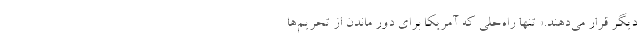
دیگر قرار می‌دهند.» تنها راه‌حلی که آمریکا برای دور ماندن از تحریم‌ها